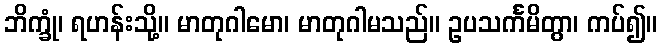
ဘိက္ခုံ၊ ရဟန်းသို့။ မာတုဂါမော၊ မာတုဂါမသည်။ ဥပသင်္ကမိတွာ၊ ကပ်၍။